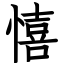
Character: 憘